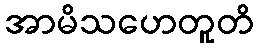
အာမိသဟေတူတိ